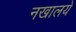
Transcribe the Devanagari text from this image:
नखालये